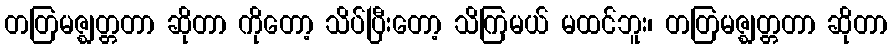
တတြမဇ္ဈတ္တတာ ဆိုတာ ကိုတော့ သိပ်ပြီးတော့ သိကြမယ် မထင်ဘူး၊ တတြမဇ္ဈတ္တတာ ဆိုတာ